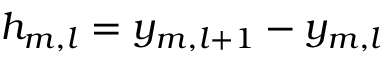
h _ { m , l } = y _ { m , l + 1 } - y _ { m , l }